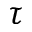
\tau